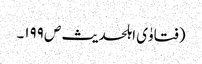
(فتاوٰی اہلحدیث ص ۱۹۹۔